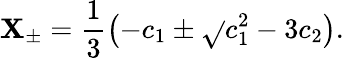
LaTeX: \mathbf{X}_{\pm}=\frac{{1}}{{3}}\left(-c_{1}\pm\sqrt{}{{c_{1}^{2}-3c_{2}}}\right).